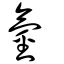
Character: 氫